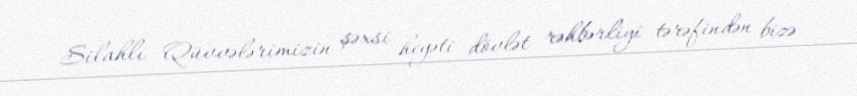
Silahlı Qüvvələrimizin şəxsi heyəti dövlət rəhbərliyi tərəfindən bizə